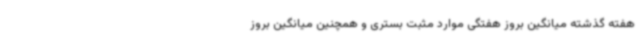
هفته گذشته میانگین بروز هفتگی موارد مثبت بستری و همچنین میانگین بروز